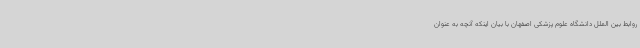
روابط بین الملل دانشگاه علوم پزشکی اصفهان با بیان اینکه آنچه به عنوان